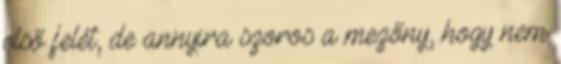
első felét, de annyira szoros a mezőny, hogy nem